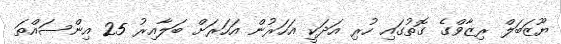
ޔޫޒަބަލް ރިޒާވްގެ ގޮތުގައި ހުރި އަދަކީ އަހަރުން އަހަރަށް ބަލާއިރު 25 އިންސައްތަ